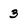
Character: 3